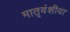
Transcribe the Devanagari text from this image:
मातृवंशीया